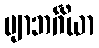
ဗျာဘင်္ဂိယာ